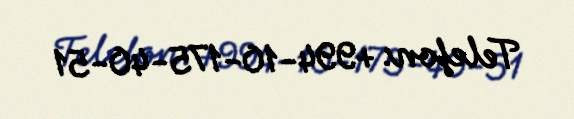
Telefon: +994-10-175-40-51